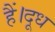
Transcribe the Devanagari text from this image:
हैं।दूध